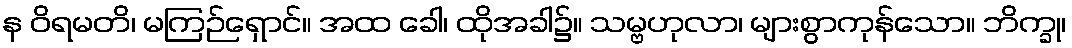
န ဝိရမတိ၊ မကြဉ်ရှောင်။ အထ ခေါ၊ ထိုအခါ၌။ သမ္ဗဟုလာ၊ များစွာကုန်သော။ ဘိက္ခု၊